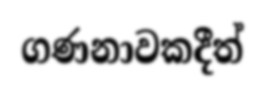
ගණනාවකදීත්